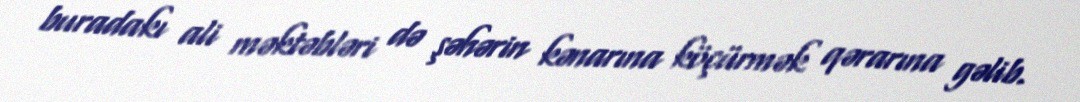
buradakı ali məktəbləri də şəhərin kənarına köçürmək qərarına gəlib.